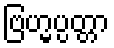
ဗြဟ္မပ္ပတ္တာ